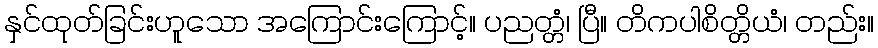
နှင်ထုတ်ခြင်းဟူသော အကြောင်းကြောင့်။ ပညတ္တံ၊ ပြီ။ တိကပါစိတ္တိယံ၊ တည်း။